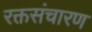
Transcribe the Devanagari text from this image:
रक्तसंचारण